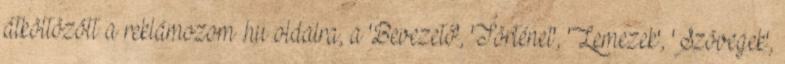
átköltözött a reklámozom .hu oldalra, a 'Bevezető', 'Történet', 'Lemezek', 'Szövegek',